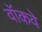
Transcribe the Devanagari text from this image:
वॉकवे